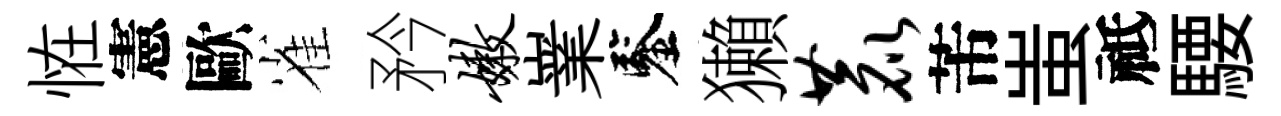
恠憲歐雀矜嫩嶪鑒獺鹿芾蚩祗騕